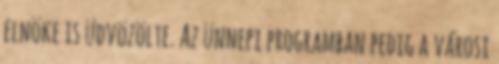
elnöke is üdvözölte. Az ünnepi programban pedig a városi